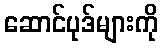
ဆောင်ပုဒ်များကို